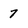
Character: 7